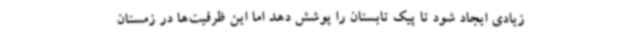
زیادی ایجاد شود تا پیک تابستان را پوشش دهد اما این ظرفیت‌ها در زمستان